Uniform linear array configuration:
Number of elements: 32
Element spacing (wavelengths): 0.5
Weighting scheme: kaiser
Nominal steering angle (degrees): -15
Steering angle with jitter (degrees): -16.348
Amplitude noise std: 0.05
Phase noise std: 0.05

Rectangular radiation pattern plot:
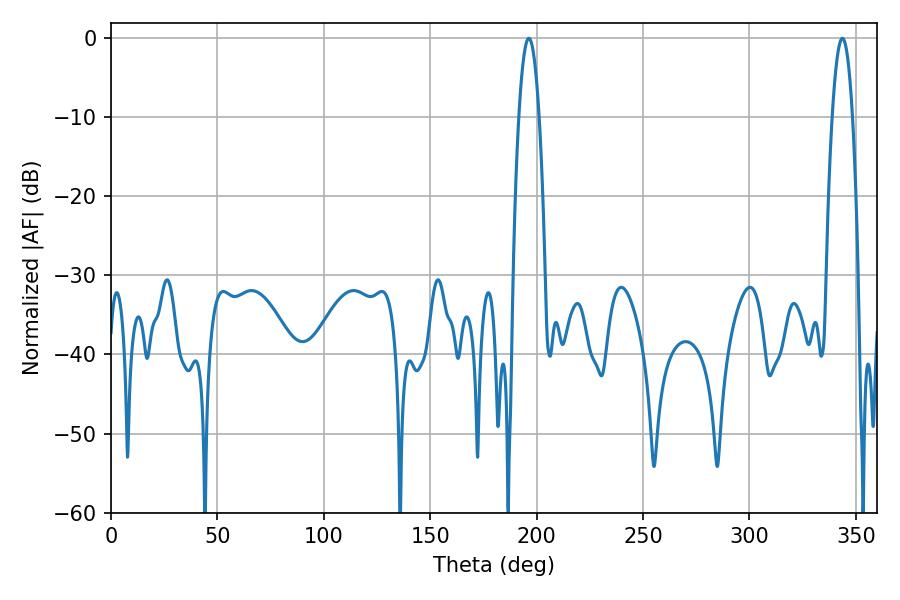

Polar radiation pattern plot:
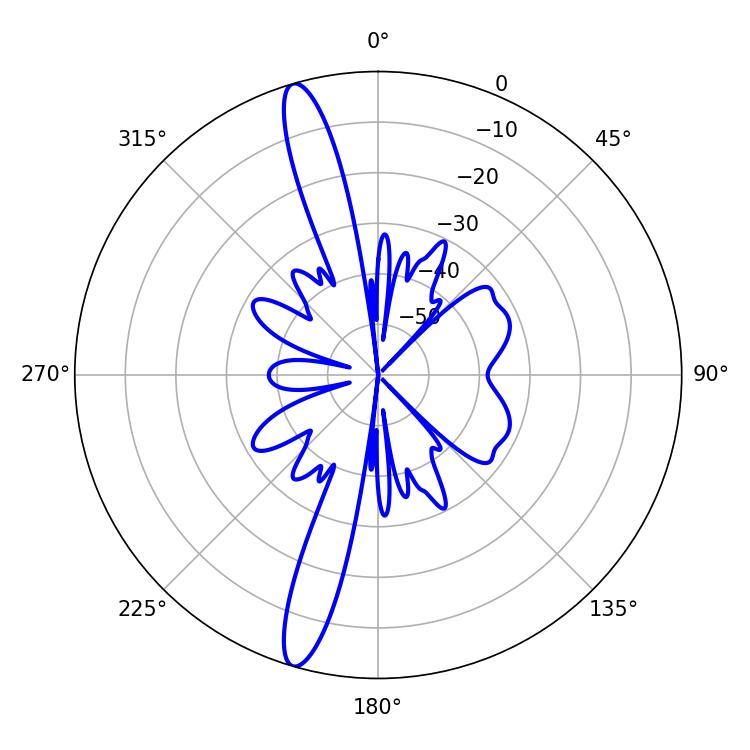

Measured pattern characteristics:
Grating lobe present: FALSE
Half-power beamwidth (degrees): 5.22
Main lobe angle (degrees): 343.62